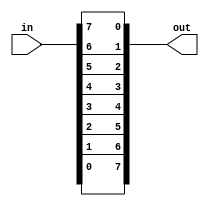
module top_module(input [7:0] in, output [7:0] out);
  // Using assign
    // assign out={in[0], in[1], in[2], in[3], in[4], in[5], in[6], in[7]};
    
  // By using for-loop
    /* always@*
        begin
            for(integer i=0; i<=7; i++)
                out[i]=in[7-i];
        end */
  
  // By using generate-for loop
    generate
        genvar i;
        for(i=0;i<=7;i++)
            begin: bit_reversal
                assign out[i]=in[7-i];
        	end
    endgenerate
endmodule